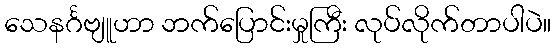
သေနင်္ဂဗျူဟာ ဘက်ပြောင်းမှုကြီး လုပ်လိုက်တာပါပဲ။